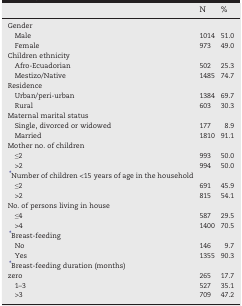
|  | N | % |
 | --- | --- | --- |
 | Gender |  |  |
 | Male | 1014 | 51.0 |
 | Female | 973 | 49.0 |
 | Children ethnicity |  |  |
 | Afro-Ecuadorian | 502 | 25.3 |
 | Mestizo/Native | 1485 | 74.7 |
 | Residence |  |  |
 | Urban/peri-urban | 1384 | 69.7 |
 | Rural | 603 | 30.3 |
 | Maternal marital status |  |  |
 | Single, divorced or widowed | 177 | 8.9 |
 | Married | 1810 | 91.1 |
 | Mother no. of children |  |  |
 | ≤2 | 993 | 50.0 |
 | >2 | 994 | 50.0 |
 | ⁎Number of children <15 years of age in the household |  |  |
 | ≤2 | 691 | 45.9 |
 | >2 | 815 | 54.1 |
 | No. of persons living in house |  |  |
 | ≤4 | 587 | 29.5 |
 | >4 | 1400 | 70.5 |
 | ⁎Breast-feeding |  |  |
 | No | 146 | 9.7 |
 | Yes | 1355 | 90.3 |
 | ⁎Breast-feeding duration (months) |  |  |
 | zero | 265 | 17.7 |
 | 1–3 | 527 | 35.1 |
 | >3 | 709 | 47.2 |